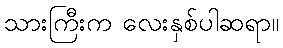
သားကြီးက လေးနှစ်ပါဆရာ။